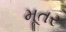
મૂતર